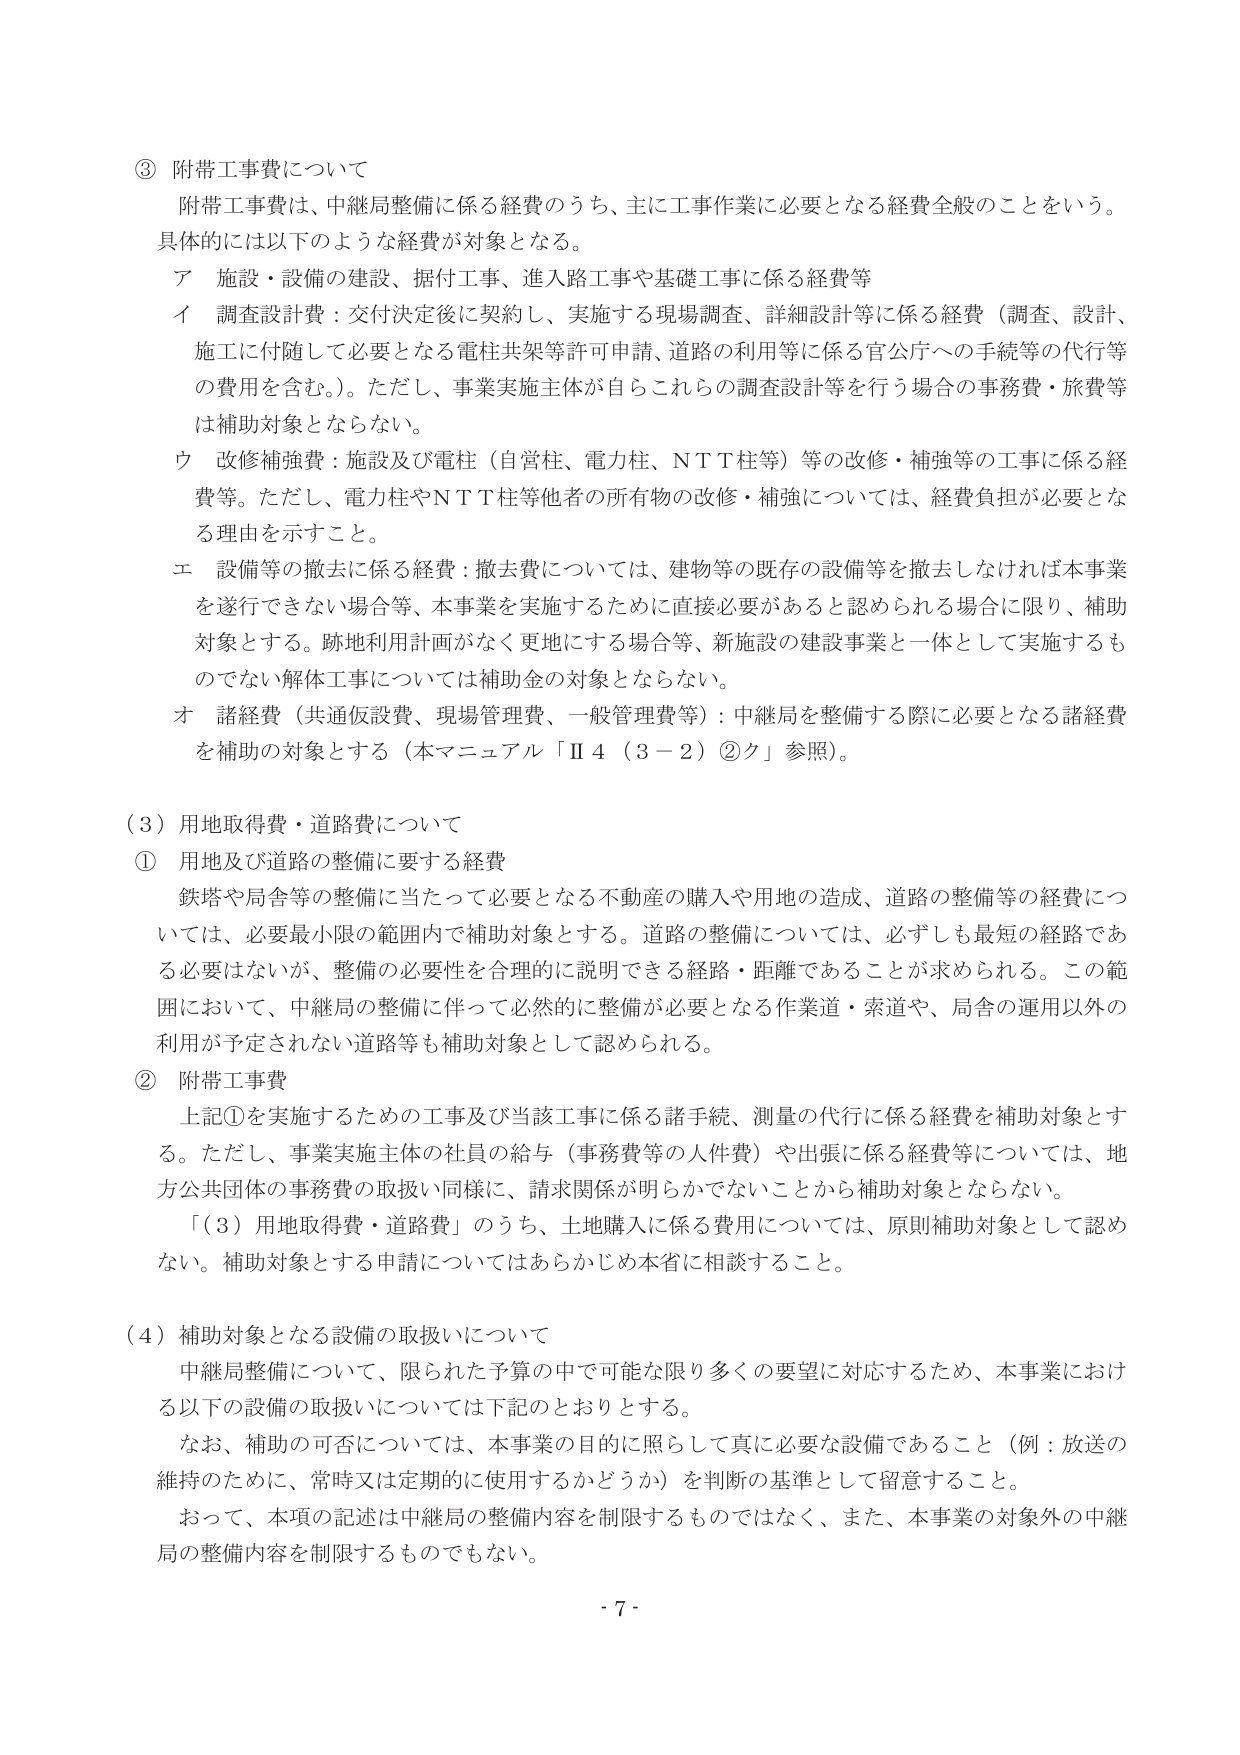
③ 附帯工事費について
附帯工事費は、中継局整備に係る経費のうち、主に工事作業に必要となる経費全般のことをいう。
具体的には以下のような経費が対象となる。
ア 施設・設備の建設、据付工事、進入路工事や基礎工事に係る経費等
イ 調査設計費：交付決定後に契約し、実施する現場調査、詳細設計等に係る経費（調査、設計、施工に付随して必要となる電柱共架等許可申請、道路の利用等に係る官公庁への手続等の代行等の費用を含む。）。ただし、事業実施主体が自らこれらの調査設計等を行う場合の事務費・旅費等は補助対象とならない。
ウ 改修補強費：施設及び電柱（自営柱、電力柱、ＮＴＴ柱等）等の改修・補強等の工事に係る経費等。ただし、電力柱やＮＴＴ柱等他者の所有物の改修・補強については、経費負担が必要となる理由を示すこと。
エ 設備等の撤去に係る経費：撤去費については、建物等の既存の設備等を撤去しなければ本事業を遂行できない場合等、本事業を実施するために直接必要があると認められる場合に限り、補助対象とする。跡地利用計画がなく更地にする場合等、新施設の建設事業と一体として実施するものでない解体工事については補助金の対象とならない。
オ 諸経費（共通仮設費、現場管理費、一般管理費等）：中継局を整備する際に必要となる諸経費を補助の対象とする（本マニュアル「Ⅱ４（３－２）②ク」参照）。

（３）用地取得費・道路費について
① 用地及び道路の整備に要する経費
鉄塔や局舎等の整備に当たって必要となる不動産の購入や用地の造成、道路の整備等の経費については、必要最小限の範囲内で補助対象とする。道路の整備については、必ずしも最短の経路である必要はないが、整備の必要性を合理的に説明できる経路・距離であることが求められる。この範囲において、中継局の整備に伴って必然的に整備が必要となる作業道・索道や、局舎の運用以外の利用が予定されない道路等も補助対象として認められる。
② 附帯工事費
上記①を実施するための工事及び当該工事に係る諸手続、測量の代行に係る経費を補助対象とする。ただし、事業実施主体の社員の給与（事務費等の人件費）や出張に係る経費等については、地方公共団体の事務費の取扱い同様に、請求関係が明らかでないことから補助対象とならない。
「（３）用地取得費・道路費」のうち、土地購入に係る費用については、原則補助対象として認めない。補助対象とする申請についてはあらかじめ本省に相談すること。

（４）補助対象となる設備の取扱いについて
中継局整備について、限られた予算の中で可能な限り多くの要望に対応するため、本事業における以下の設備の取扱いについては下記のとおりとする。
なお、補助の可否については、本事業の目的に照らして真に必要な設備であること（例：放送の維持のために、常時又は定期的に使用するかどうか）を判断の基準として留意すること。
おって、本項の記述は中継局の整備内容を制限するものではなく、また、本事業の対象外の中継局の整備内容を制限するものでもない。

- 7 -